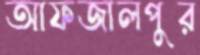
আফজালপুর